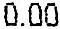
0.00